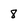
Character: 8